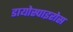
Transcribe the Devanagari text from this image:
डायोस्पाइरोस